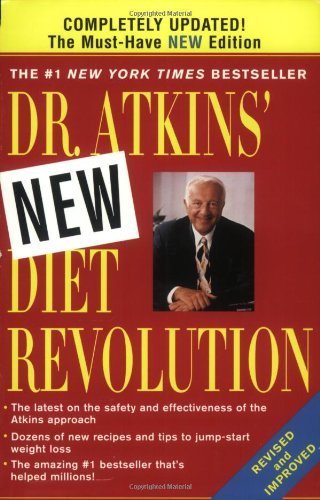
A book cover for Dr. Atkins' New Diet Revolution, New and Revised Edition [Paperback]; Robert C. Atkins; Health, Fitness & Dieting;